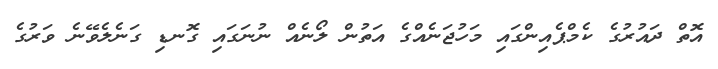
އޮތް ދައުރުގެ ކެމްޕެއިންގައި މަހުޖަނެއްގެ އަތުން ލޯނެއް ނުނަގައި ގޮނޑި ގަނެލެވޭނެ ވަރުގެ